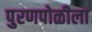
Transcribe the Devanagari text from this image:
पुरणपोळीला